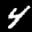
Label: 4